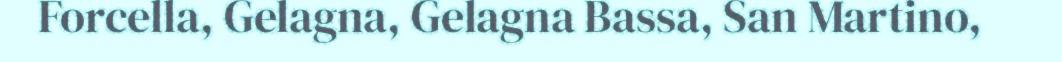
Forcella, Gelagna, Gelagna Bassa, San Martino,